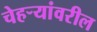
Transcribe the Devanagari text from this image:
चेहर्‍यांवरील